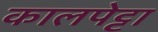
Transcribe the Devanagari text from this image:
कालपेट्टा